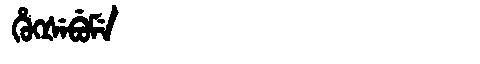
Manchu: ᡥᡠᡴᡧᡝᠪᡠᠮᡝ
Romanization: HUKŠEBUME